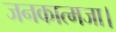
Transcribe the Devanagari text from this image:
जनकात्मजा।